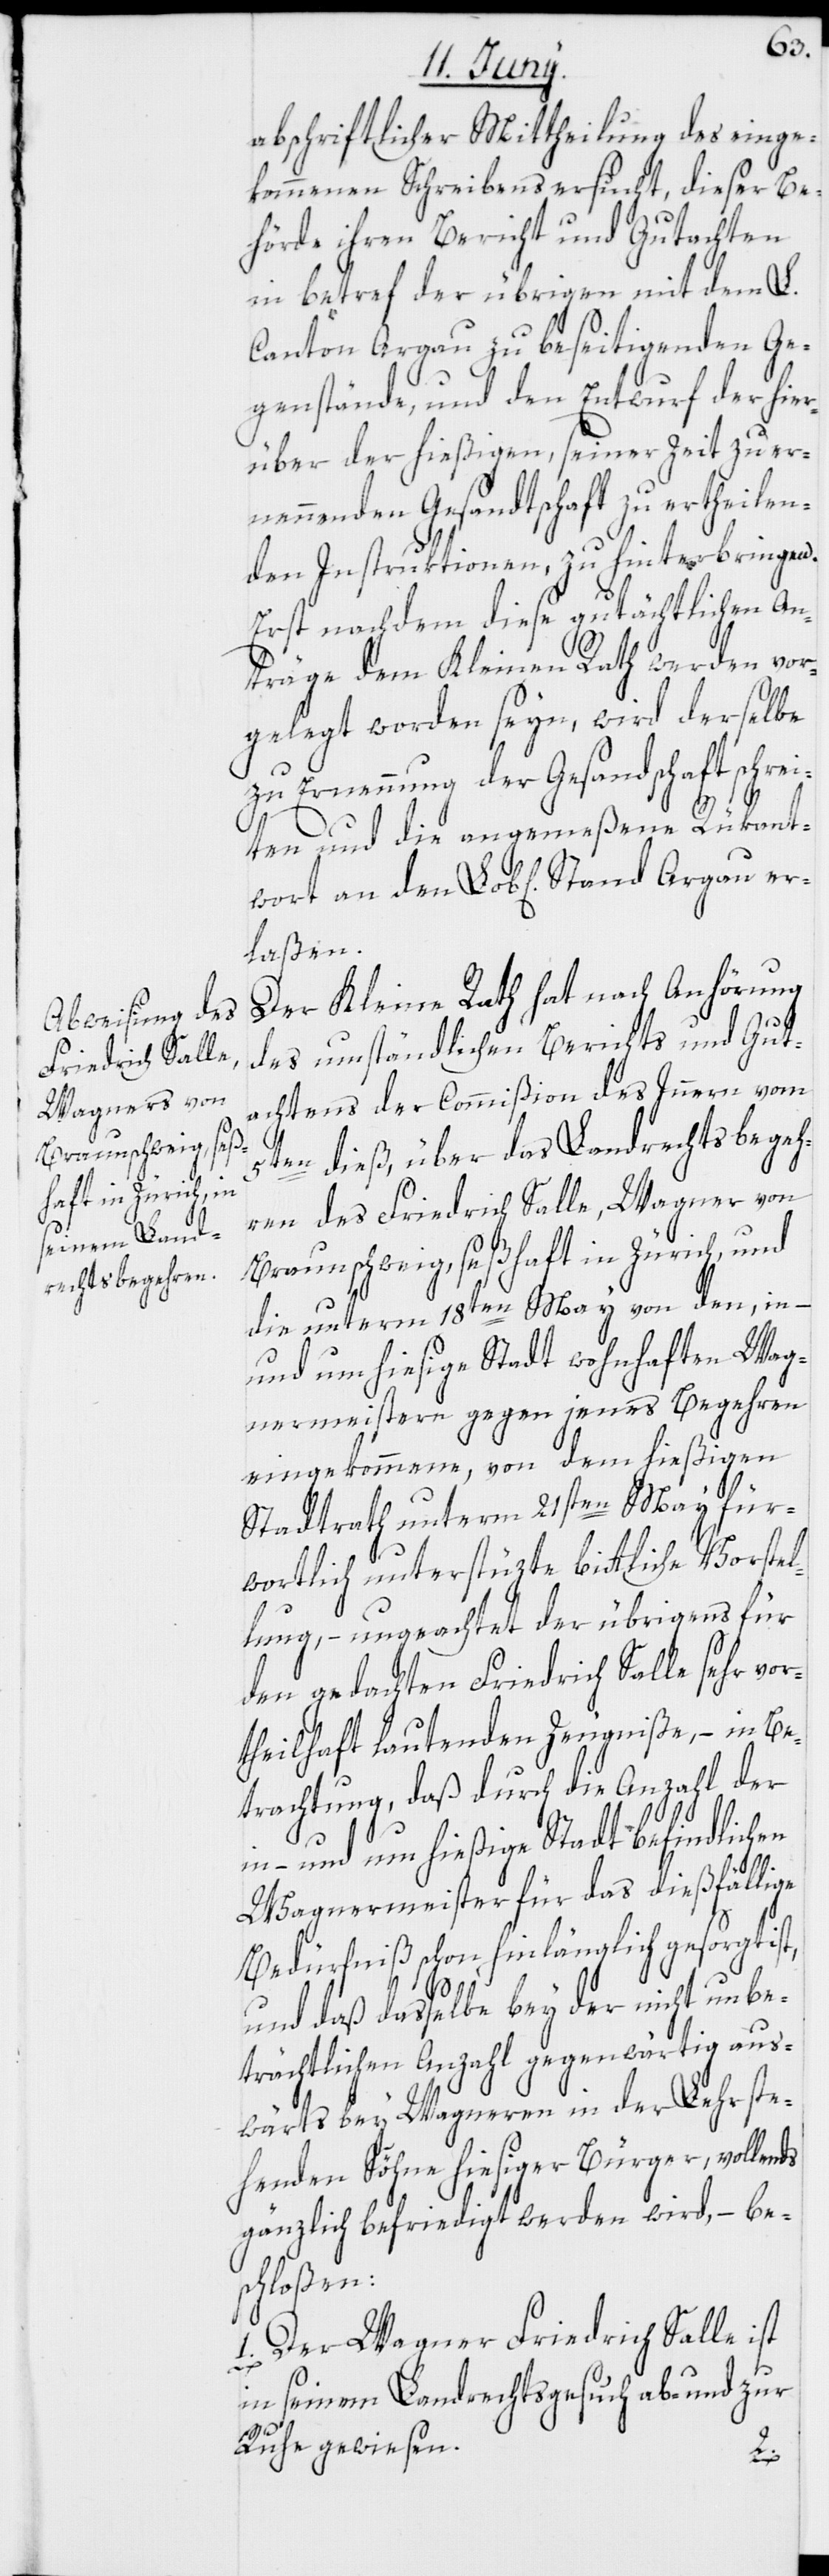
abschriftlicher Mittheilung des einge¬
kommenen Schreibens ersucht, dieser Be¬
hörde ihren Bericht und Gutachten
in betref der übrigen mit dem L.
Canton Argau zu beseitigenden Ge¬
genstände, und den Entwurf der hier¬
über der hießigen, seiner Zeit zu er¬
nennenden Gesandtschaft zu ertheilen¬
den Instruktionen, zu hinterbringen.
Erst nachdem diese gutächtlichen An¬
träge dem Kleinen Rath werden vor¬
gelegt worden seyn, wird derselbe
zu Ernennung der Gesandschaft schrei¬
ten und die angemeßene Rükant¬
laßen.
Der Kleine Rath hat nach Anhörung
des umständlichen Berichts und Gut¬
achtens der Commißion des Innern vom
5ten dieß, über das Landrechtsbegeh¬
ren des Friedrich Salle, Wagner von
Braunschweig, seßhaft in Zürich, und
die unterm 18ten May von den, in-
und um hiesige Stadt wohnhaften Wag¬
nermeistern gegen jenes Begehren
eingekommene, von dem hießigen
Stadtrath unterm 21sten May für¬
wortlich unterstüzte bittliche Vorstel¬
lung, – ungeachtet der übrigens für
den gedachten Friedrich Salle sehr vor¬
theilhaft lautenden Zeugniße, – in Be¬
trachtung, daß durch die Anzahl der
in- und um hießige Stadt befindlichen
Wagnermeister für das dießfällige
Bedürfniß schon hinlänglich gesorgt ist,
und daß dasselbe bey der nicht unbe¬
trächtlichen Anzahl gegenwärtig aus¬
wärts bey Wagneren in der Lehr ste¬
henden Söhne hiesiger Bürger, vollends
gänzlich befriedigt werden wird, – be¬
schloßen:
1. Der Wagner Friedrich Salle ist
in seinem Landrechtsgesuch ab- und zur
Ruhe gewiesen.
er¬